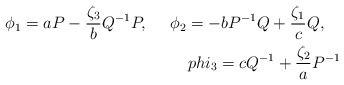
\begin{align*}\phi_1 = aP - \frac{\zeta_3}{b} Q^{-1}P,\ \ \ \ \phi_2 = -b P^{-1}Q + \frac{\zeta_1}{c}Q,\ \ \ \\phi_3 = c Q^{-1} + \frac{\zeta_2}{a} P^{-1}\end{align*}